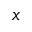
\boldsymbol x